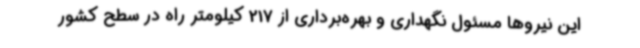
این نیروها مسئول نگهداری و بهره‌برداری از 217 کیلومتر راه در سطح کشور